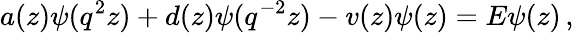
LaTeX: a(z)\psi(q^{2}z)+d(z)\psi(q^{-2}z)-v(z)\psi(z)=E\psi(z)\, ,